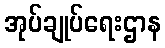
အုပ်ချုပ်ရေးဌာန